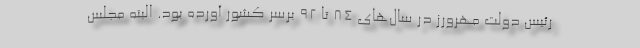
رئیس دولت مهرورز در سال‌های ۸۴ تا ۹۲ برسر کشور آورده بود. البته مجلس